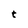
Character: t